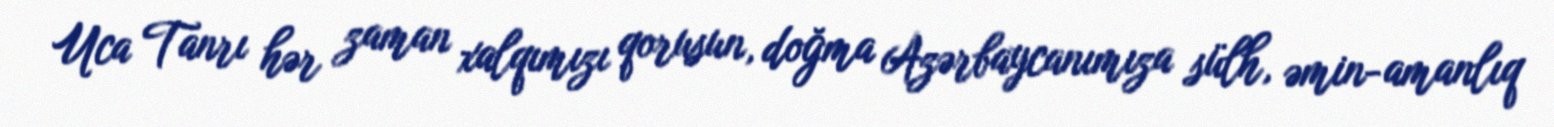
Uca Tanrı hər zaman xalqımızı qorusun, doğma Azərbaycanımıza sülh, əmin-amanlıq